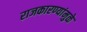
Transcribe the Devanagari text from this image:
राजकारण्यांमुळे